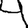
Digit: 4